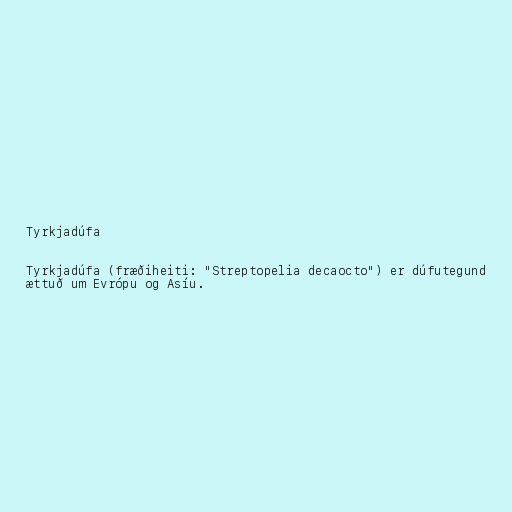
Tyrkjadúfa

Tyrkjadúfa (fræðiheiti: "Streptopelia decaocto") er dúfutegund
ættuð um Evrópu og Asíu.